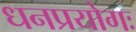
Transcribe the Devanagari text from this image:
धनप्रयोगः